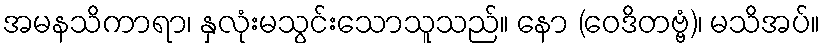
အမနသိကာရာ၊ နှလုံးမသွင်းသောသူသည်။ နော (ဝေဒိတဗ္ဗံ)၊ မသိအပ်။